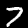
Label: 7